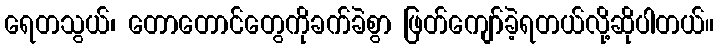
ရေတသွယ်၊ တောတောင်တွေကိုခက်ခဲစွာ ဖြတ်ကျော်ခဲ့ရတယ်လို့ဆိုပါတယ်။